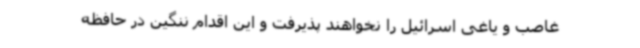
غاصب و یاغی اسرائیل را نخواهند پذیرفت و این اقدام ننگین در حافظه